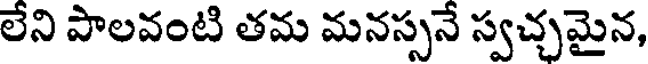
లేని పాలవంటి తమ మనస్సనే స్వచ్చమైన,